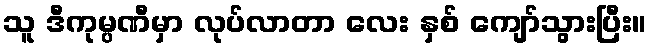
သူ ဒီကုမ္ပဏီမှာ လုပ်လာတာ လေး နှစ် ကျော်သွားပြီး။